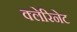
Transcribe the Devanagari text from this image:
क्लेरिनेट